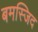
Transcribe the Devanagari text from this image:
बमस्जिद